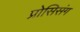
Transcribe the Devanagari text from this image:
प्रोसिसंग